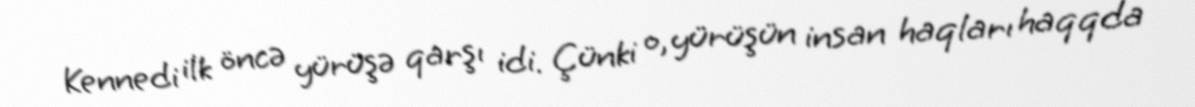
Kennedi ilk öncə yürüşə qarşı idi. Çünki o, yürüşün insan haqları haqqda